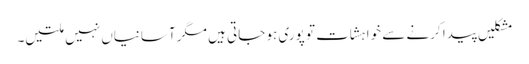
مشکلیں پیدا کرنے سے خواہشات تو پوری ہو جاتی ہیں مگر آسانیاں نہیں ملتیں۔